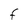
Character: F